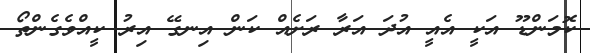
ކޮމަންޑޫ އަކީ އެއީ އުދަ އަރާ ރަށެއް ކަން އިނގޭ އިރު ކީއްވެގެންތޯ